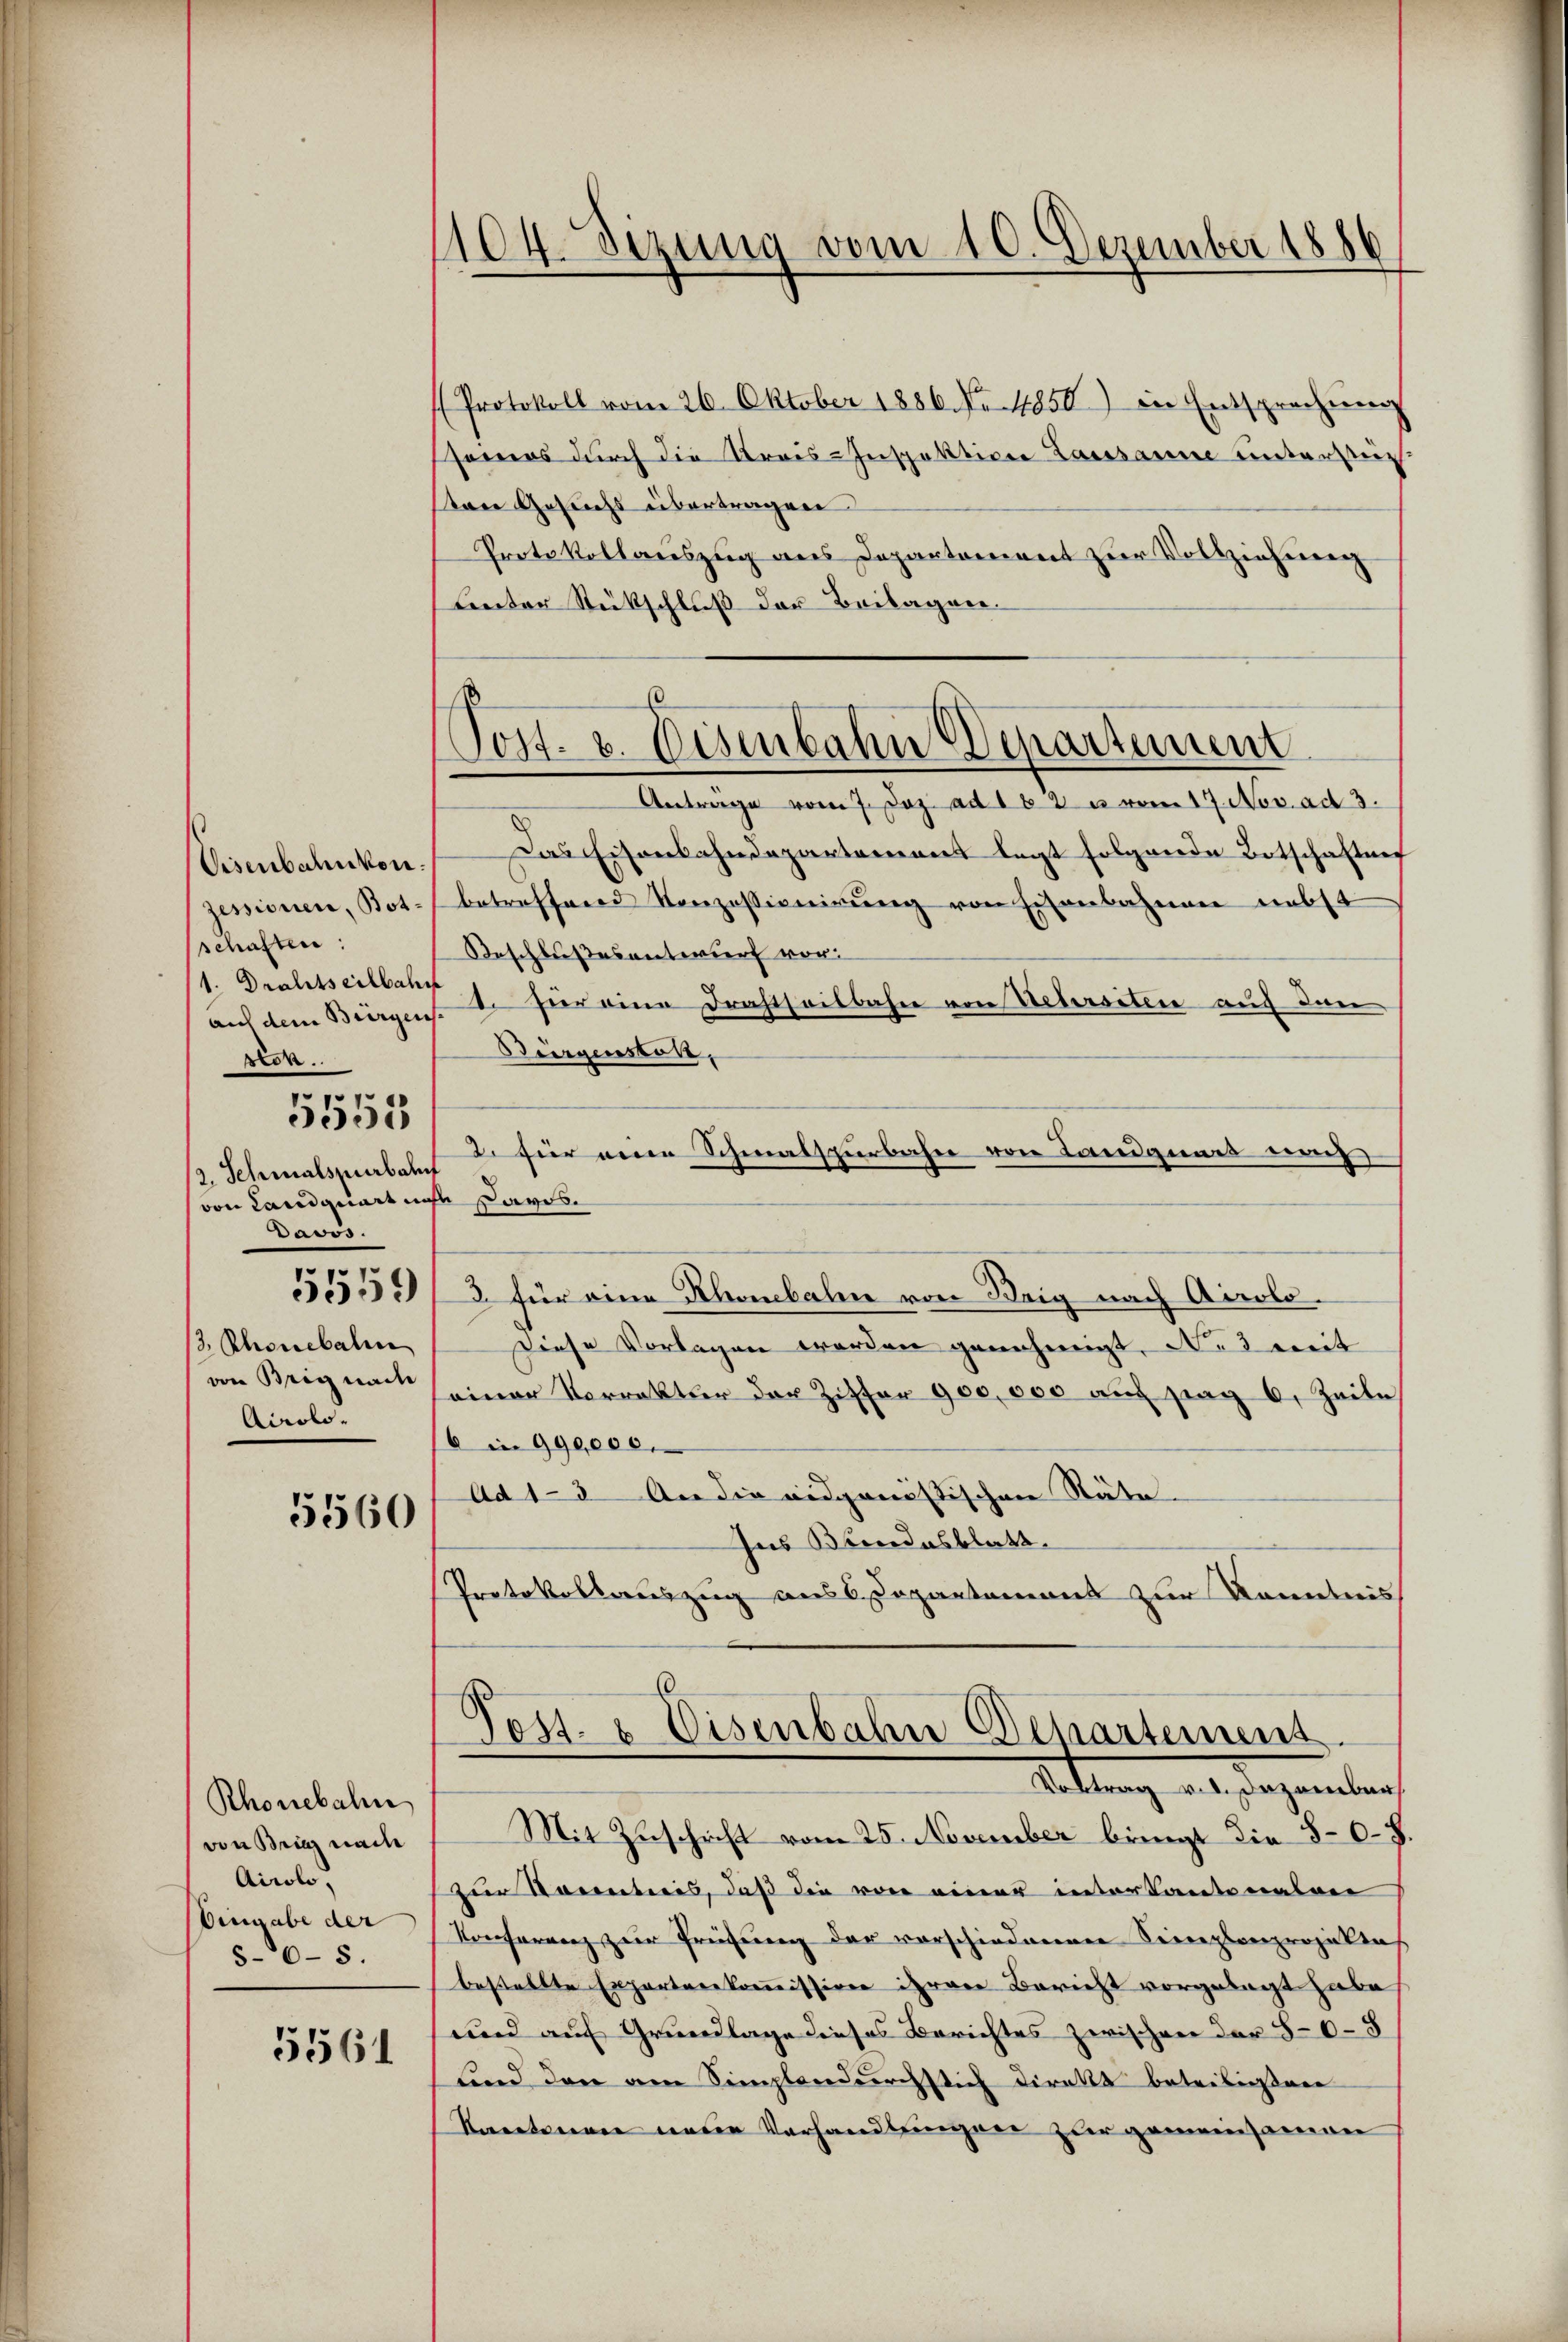
Visenbahnkon
zessionen, Bot
schaften:
1. Drahtseitbahn
auf dem Biirgens.
en..

5555

12. Schmalspurbahn
von Landquart nicht Davos.
Davos.
.

059

/3. Rhonebali
von Brig nach
Airolo.

5560

Rhonebahn
von Brig mache
Airolo,
Eingabe der
5-6-5.

5561

104. Sizung vom 10. Dezember 1886

60
Post. v. Eisenbahn Departement

Protokoll vom 26. Oktober 1886 No. 4850) in Entsprechung
serers durch die Krais-Inspektion Lausanne unterstüt-
tare Gesuchs übertragen.
Protokollauszug aus Departement zur Vollziehung
Lnter Rückschluß der Beilagen.
Antrage vom 7. Jez. ad 162 u vom 17. Nov. ad 3.
Das Eisenbahndepartement legt folgende Botschaftung
betreffend Konzessionirung von Eisenbahnen nebst
Beschlußes antwurf vor:
1. Für eine Drahtheilbahn von Uebersiten auf den
Bürgenstoll,
2. für eine Schmalspurbahn von Landquars und
3 für eine Rhonebahn von Brig nach Airolo.
Diese Vorlagen worden genehmigt. Nes mit
einer Vorrekter der Ziffer 900,000 auch frag 6. Zeite
6 in 990,000.
Ad 1-3 An die eidganistischen Räte- |
Ins Bundesblatt.
Protokollauszug aus 6 Departement zur Kenntnis
Post- & Eisenbahn Departement.
Rettung als Dezember
Mit Zuschrift vom 25. November bringt die 807.
zur Kenntnis, daß die von einer inter Kantonalen
Konferenz zur Prüfung der vorschiedenenen Secreplanprojectens
bestellte Expertere kommission ihrere Bericht vorgelegt habe
und auf Grundlage dieses Berichtes zwischen dar 56-8
Kind den am Semplandurchstich direkt beteilien
Kantonen neue Vorhandlungen zur gemeinsamen